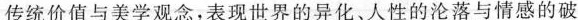
传统价值与美学观念，表现世界的异化、人性的沦落与情感的破